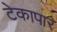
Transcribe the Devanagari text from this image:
टेकापार